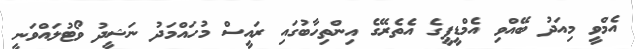
އެމްވީ މިއަދު ބޭއްވި އެމްޑީޕީގެ އެތެރޭގެ އިންތިހާބުގައި ރައީސް މުހައްމަދު ނަޝީދު ވޯޓުލައްވަނީ